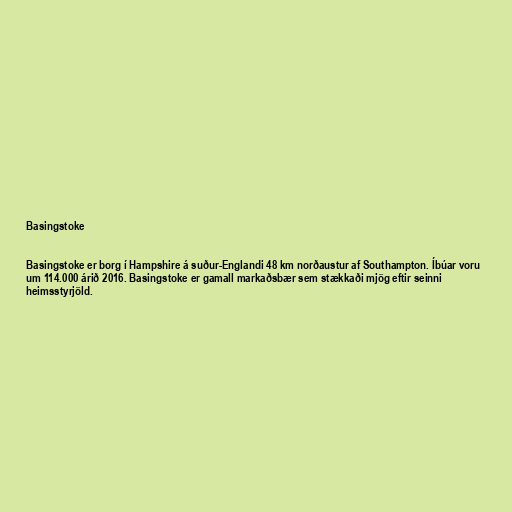
Basingstoke

Basingstoke er borg í Hampshire á suður-Englandi 48 km norðaustur af Southampton. Íbúar voru
um 114.000 árið 2016. Basingstoke er gamall markaðsbær sem stækkaði mjög eftir seinni
heimsstyrjöld.